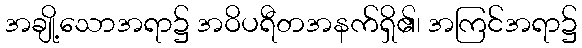
အချို့သောအရာ၌ အဝိပရီတအနက်ရှိ၏၊ အကြင်အရာ၌